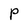
Character: P